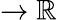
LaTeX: \to\mathbb{R}